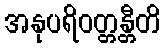
အနုပရိဝတ္တန္တီတိ